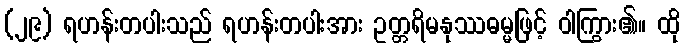
(၂၉) ရဟန်းတပါးသည် ရဟန်းတပါးအား ဥတ္တရိမနုဿဓမ္မဖြင့် ဝါကြွား၏။ ထို